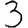
Digit: 3